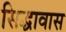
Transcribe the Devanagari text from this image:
सिद्धावास